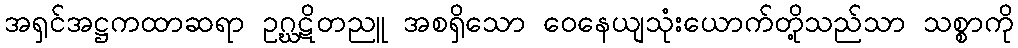
အရှင်အဋ္ဌကထာဆရာ ဥဂ္ဃဋိတညူ အစရှိသော ဝေနေယျသုံးယောက်တို့သည်သာ သစ္စာကို